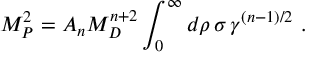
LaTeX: M _ { P } ^ { 2 } = { \cal A } _ { n } M _ { D } ^ { n + 2 } \int _ { 0 } ^ { \infty } d \rho \, \sigma \, \gamma ^ { ( n - 1 ) / 2 } ~ .